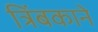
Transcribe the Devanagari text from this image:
त्रिंबकाने